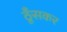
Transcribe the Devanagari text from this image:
ठूँसकर